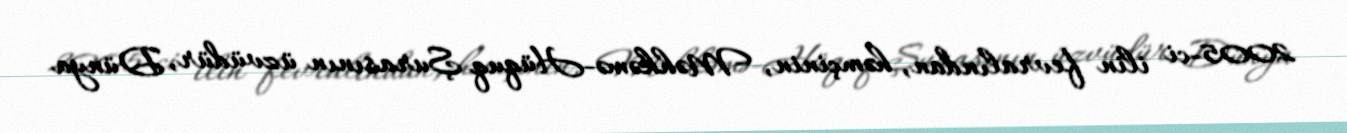
2005-ci ilin fevralından, həmçinin, Məhkəmə-Hüquq Şurasının üzvüdür, Dünya